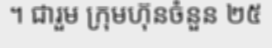
។ ជារួម ក្រុមហ៊ុនចំនួន ២៥